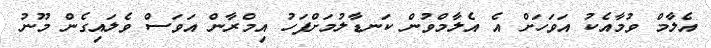
އެލާމް ވުމާއެކު އަވަހަށް އެ އެލާމްވުން ކަނޑާލުމަށްފަހު އިމްރާން އަވަސް ވެލައިގެން މޫނު